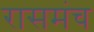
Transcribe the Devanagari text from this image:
रासमंच